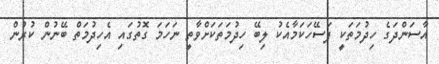
އާސަންދަގެ ހިދުމަތަކީ ފަސޭހަކަމާއެކު ލިބޭ ހިދުމަތަކަށްވާތީ ނަހަމަ ގޮތުގައި އެހިދުމަތް ބޭނުން ކުރުން